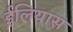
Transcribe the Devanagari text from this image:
ईलियास